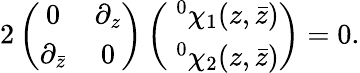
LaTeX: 2\left(\begin{array}{cc}{{0}}&{{\partial_{z}}}\\ {{\partial_{\bar{z}}}}&{{0}}\end{array}\right)\left(\begin{array}{c}{{\; ^{0}\chi_{1}(z,\bar{z})}}\\ {{\; ^{0}\chi_{2}(z,\bar{z})}}\end{array}\right)=0.